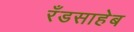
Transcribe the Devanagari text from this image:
रँडसाहेब